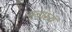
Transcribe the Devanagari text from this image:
एवास्य